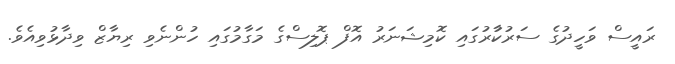
ރައީސް ވަހީދުގެ ސަރުކާުރުގައި ކޮމިޝަނަރު އޮފް ޕޮލިސްގެ މަގާމުގައި ހުންނެވި ރިޔާޒް ވިދާޅުވިއެވެ.